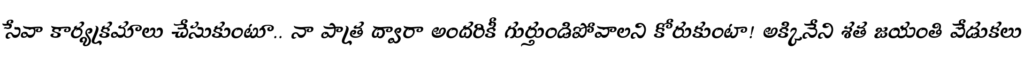
సేవా కార్యక్రమాలు చేసుకుంటూ.. నా పాత్ర ద్వారా అందరికీ గుర్తుండిపోవాలని కోరుకుంటా! అక్కినేని శత జయంతి వేడుకలు